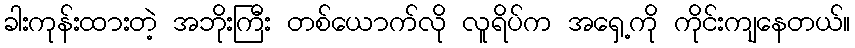
ခါးကုန်းထားတဲ့ အဘိုးကြီး တစ်ယောက်လို လူရိပ်က အရှေ့ကို ကိုင်းကျနေတယ်။